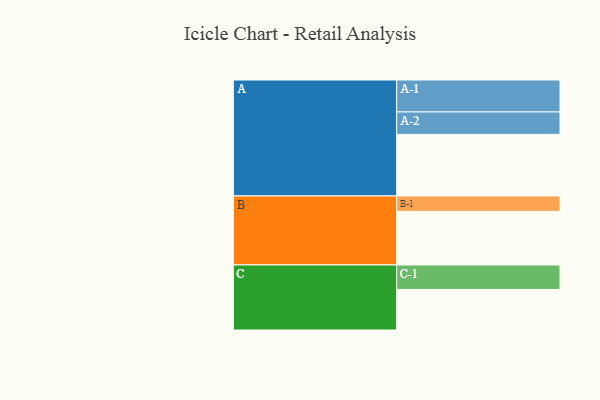
{"axis": {"x": "Segment", "y": "Value"}, "legend": ["", "A", "B", "C"], "data": [{"x": "A", "y": 530, "type": ""}, {"x": "B", "y": 461, "type": ""}, {"x": "C", "y": 349, "type": ""}, {"x": "A-1", "y": 275, "type": "A"}, {"x": "A-2", "y": 193, "type": "A"}, {"x": "B-1", "y": 133, "type": "B"}, {"x": "C-1", "y": 211, "type": "C"}]}